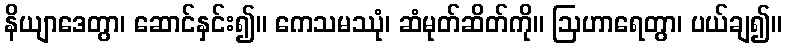
နိယျာဒေတွာ၊ ဆောင်နှင်း၍။ ကေသမဿုံ၊ ဆံမုတ်ဆိတ်ကို။ ဩဟာရေတွာ၊ ပယ်ချ၍။